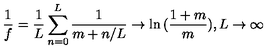
\frac { 1 } { f } = \frac { 1 } { L } \sum _ { n = 0 } ^ { L } \frac { 1 } { m + n / L } \rightarrow \ln { ( \frac { 1 + m } { m } ) } , L \rightarrow \infty